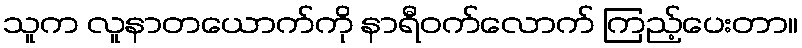
သူက လူနာတယောက်ကို နာရီဝက်လောက် ကြည့်ပေးတာ။